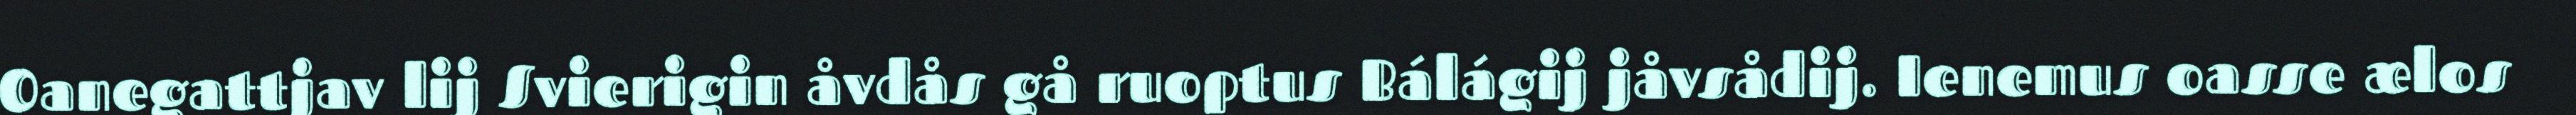
Oanegattjav lij Svierigin åvdås gå ruoptus Bálágij jåvsådij. Ienemus oasse ælos